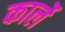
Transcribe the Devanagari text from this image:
कार्ले